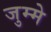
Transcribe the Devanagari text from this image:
जुम्मे